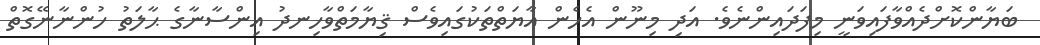
ބަޔާންކޮށްދެއްވާފައިވަނީ މިފަދައިންނެވެ. އަދި މިނޫން އެހެން އާޔަތްތަކުގައިވެސް ޤިޔާމަތްވާހިނދު އިންސާނާގެ ޙާލަތު ހުންނާނޭގޮތް